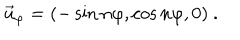
LaTeX: \vec { u } _ { \varphi } = ( - \sin n \varphi , \cos n \varphi , 0 ) \ .